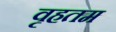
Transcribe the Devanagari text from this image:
वृहतम